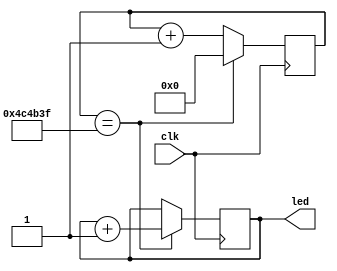
`timescale 1ns / 1ps
//////////////////////////////////////////////////////////////////////////////////
// Company: 
// Engineer: 
// 
// Design Name: 
// Module Name:    Counter_8bit 
// Project Name: 
// Target Devices: 
// Tool versions: 
// Description: 
//
// Dependencies: 
//
// Revision: 
// Revision 0.01 - File Created
// Additional Comments: 
//
//////////////////////////////////////////////////////////////////////////////////
module Counter_8bit(
    input wire clk,
    output reg [7:0] led = 8'b0
    );
	 
	 reg [22:0] counter = 23'b0;
	 always @(posedge clk)
	 begin
		if(counter == 23'b10011000100101100111111)
		begin
		led = led + 8'b1;
		counter <= 0;
		end
		else counter <= counter + 1'b1;
	 
	 end
	 


endmodule